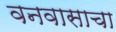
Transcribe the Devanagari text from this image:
वनवासाचा